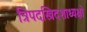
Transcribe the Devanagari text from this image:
त्रिपदस्त्रिदशाध्यक्षो